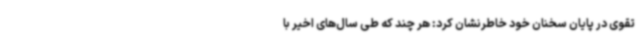
تقوی در پایان سخنان خود خاطر‌نشان کرد: هر چند که طی سال‌های اخیر با